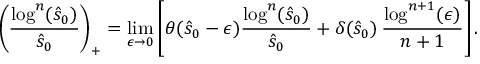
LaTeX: \left( \frac { \log ^ { n } ( \hat { s } _ { 0 } ) } { \hat { s } _ { 0 } } \right) _ { + } = \operatorname * { l i m } _ { \epsilon \to 0 } \left[ \theta ( \hat { s } _ { 0 } - \epsilon ) \frac { \log ^ { n } ( \hat { s } _ { 0 } ) } { \hat { s } _ { 0 } } + \delta ( \hat { s } _ { 0 } ) \, \frac { \log ^ { n + 1 } ( \epsilon ) } { n + 1 } \right] .